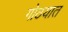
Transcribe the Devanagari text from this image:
गोठयात